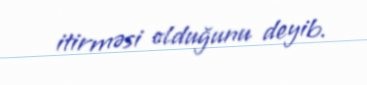
itirməsi olduğunu deyib.